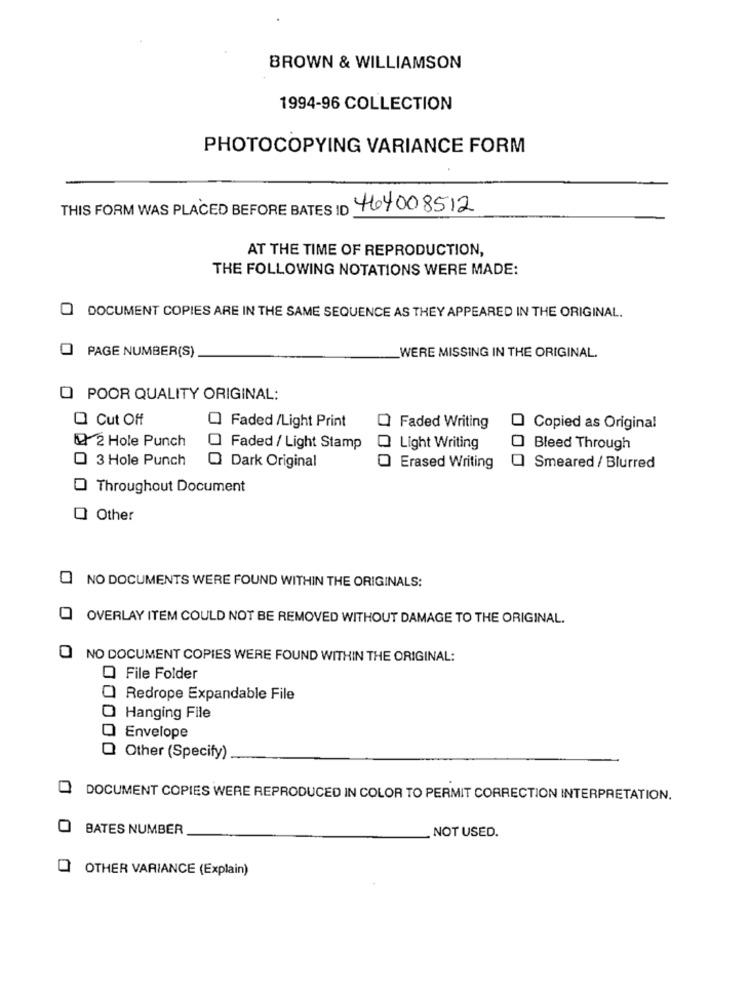
BROWN & WILLIAMSON
1994-96 COLLECTION
PHOTOCOPYING VARIANCE FORM
THIS FORM WAS PLACED BEFORE BATES ID 464008512
AT THE TIME OF REPRODUCTION,
THE FOLLOWING NOTATIONS WERE MADE:
DOCUMENT COPIES ARE IN THE SAME SEQUENCE AS THEY APPEARED IN THE ORIGINAL.
O PAGE NUMBER(S)
WERE MISSING IN THE ORIGINAL.
O POOR QUALITY ORIGINAL:
O Cut Off
Faded /Light Print
Faded Writing
Copied as Original
1 2 Hole Punch
Faded / Light Stamp
Light Writing
Bleed Through
O 3 Hole Punch
Dark Original
Erased Writing
Smeared / Blurred
Throughout Document
Other
0
NO DOCUMENTS WERE FOUND WITHIN THE ORIGINALS:
OVERLAY ITEM COULD NOT BE REMOVED WITHOUT DAMAGE TO THE ORIGINAL.
0
NO DOCUMENT COPIES WERE FOUND WITHIN THE ORIGINAL:
O File Folder
Redrope Expandable File
Hanging File
Envelope
Other (Specify)
DOCUMENT COPIES WERE REPRODUCED IN COLOR TO PERMIT CORRECTION INTERPRETATION.
BATES NUMBER
NOT USED.
Q OTHER VARIANCE (Explain)